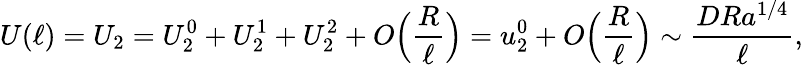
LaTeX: U(\ell)=U_{2}=U_{2}^{0}+U_{2}^{1}+U_{2}^{2}+O\Big(\frac{R}{\ell}\Big)=u_{2}^{0}+O\Big(\frac{R}{\ell}\Big)\sim\frac{DRa^{1/4}}{\ell},